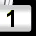
Digit: 1